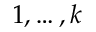
1 , \ldots , k